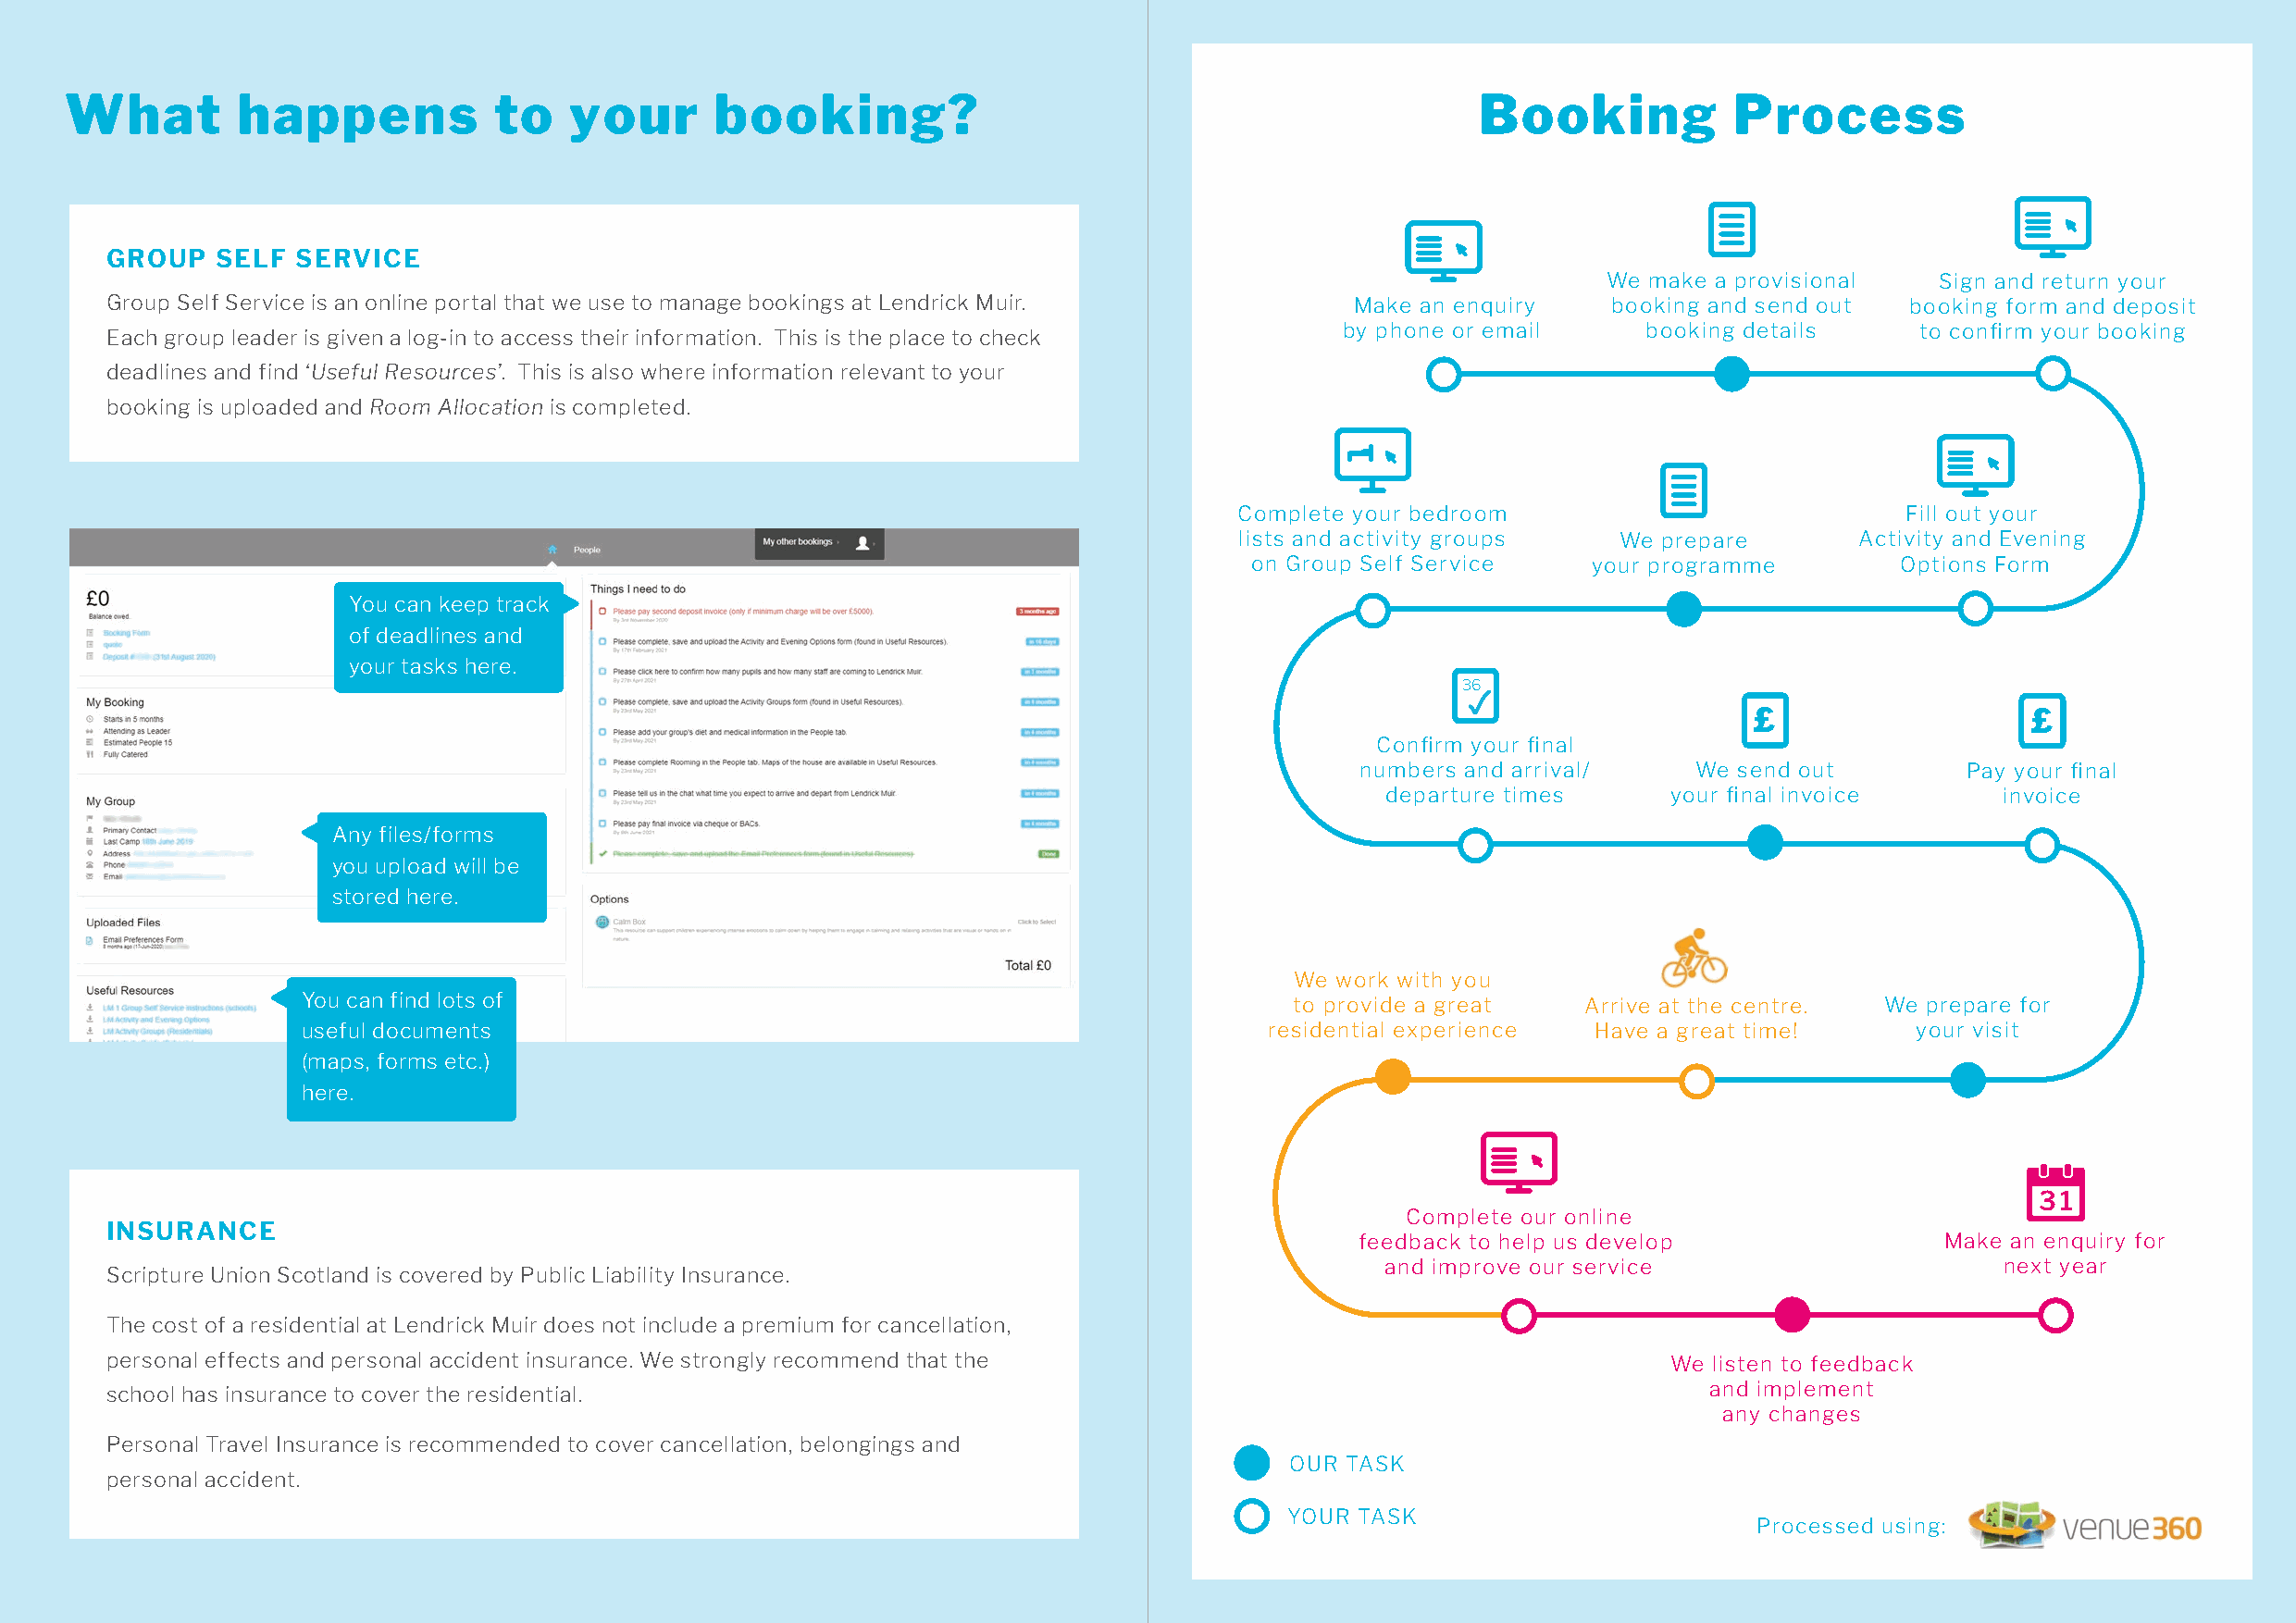
What        happens           to    your      booking?                                               Booking           Process
 BOOKING                PROCESS
 GROUP  SELF  SERVICE
 We make a provisional   Sign and return your
 Group Self Service is an online portal that we use to manage bookings at Lendrick Muir.  Make an enquiry   booking and send out  booking form and deposit
 by phone or email     booking details    to confirm your booking
 Each group leader is given a log-in to access their information. This is the place to check
 deadlines and find ‘Useful Resources’. This is also where information relevant to your
 booking is uploaded and Room Allocation is completed.
 Complete your bedroom                           Fill out your
 lists and activity groups  We prepare       Activity and Evening
 on Group Self Service    your programme        Options Form
 You can keep track
 of deadlines and
 your tasks here.
 36
 £                   £
 Confirm your final
 numbers and arrival/    We send out         Pay your final
 departure times     your final invoice      invoice
 Any files/forms
 you upload will be
 stored here.
 We work with you
 You can find lots of                                                  to provide a great   Arrive at the centre. We prepare for
 useful documents                                                     residential experience Have a great time!     your visit
 (maps, forms etc.)
 here.
 31
 Complete our online
 INSURANCE
 feedback to help us develop               Make an enquiry for
 and improve our service                     next year
 Scripture Union Scotland is covered by Public Liability Insurance.
 The cost of a residential at Lendrick Muir does not include a premium for cancellation,
 personal effects and personal accident insurance. We strongly recommend that the                               We listen to feedback
 school has insurance to cover the residential.                                                                    and implement
 any changes
 Personal Travel Insurance is recommended to cover cancellation, belongings and
 OUR TASK
 personal accident.
 YOUR TASK
 Processed using: